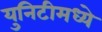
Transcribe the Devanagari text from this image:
युनिटीमध्ये